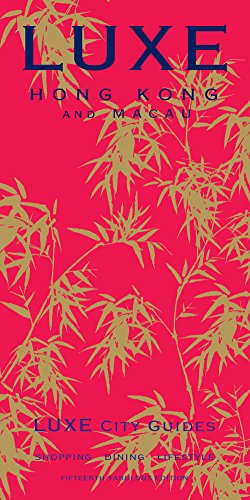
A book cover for LUXE Hong Kong (LUXE City Guides); LUXE City Guides LUXE City Guides; Travel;